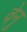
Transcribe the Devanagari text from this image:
वेनु